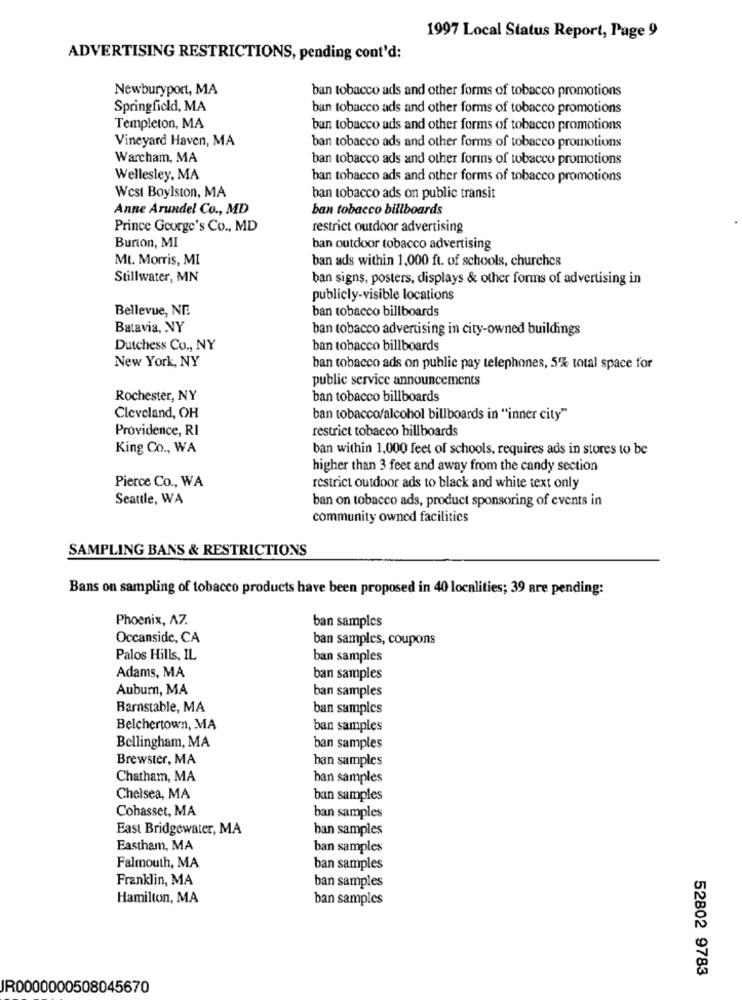
1997 Local Status Report, Page 9
ADVERTISING RESTRICTIONS, pending cont'd:
Newburyport, MA
ban tobacco ads and other forms of tobacco promotions
Springfield, MA
ban tobacco ads and other forms of tobacco promotions
Templeton, MA
ban tobacco ads and other forms of tobacco promotions
Vineyard Haven, MA
ban tobacco ads and other forms of tobacco promotions
Warcham, MA
ban tobacco ads and other forins of tobacco promotions
Wellesley, MA
ban tobacco ads and other forms of tobacco promotions
West Boylston, MA
ban tobacco ads on public transit
Anne Arundel Co ., MD
ban tobacco billboards
Prince George's Co ., MD
restrict outdoor advertising
Burton, MI
ban outdoor tobacco advertising
Mt. Morris, MI
ban ads within 1,000 ft. of schools, churches
Stillwater, MN
ban signs, posters, displays & other forms of advertising in
publicly-visible locations
Bellevue, NE.
ban tobacco billboards
Batavia, NY
ban tobacco advertising in city-owned buildings
Dutchess Co ., NY
ban tobacco billboards
New York, NY
ban tobacco ads on public pay telephones, 5% total space for
public service announcements
Rochester, NY
ban tobacco billboards
Cleveland, OH
ban tobacco/alcohol billboards in "inner city"
Providence, RI
restrict tobacco billboards
King Co ., WA
ban within 1,000 feet of schools, requires ads in stores to be
higher than 3 feet and away from the candy section
Pierce Co ., WA
restrict outdoor ads to black and white text only
Seattle, WA
ban on tobacco ads, product sponsoring of events in
community owned facilities
SAMPLING BANS & RESTRICTIONS
Bans on sampling of tobacco products have been proposed in 40 localities; 39 are pending:
Phoenix, A7.
ban samples
Occanside, CA
ban samples, coupons
Palos Hills, IL
ban samples
Adams, MA
ban samples
Auburn, MA
ban samples
Barnstable, MA
ban samples
Belchertown, MA
ban samples
Bellingham, MA
ban samples
Brewster, MA
ban samples
Chatham, MA
han samples
Chelsea, MA
ban samples
Cohasset, MA
ban samples
East Bridgewater, MA
ban samples
Eastham, MA
ban samples
Falmouth, MA
ban samples
Franklin, MA
ban samples
Hamilton, MA
ban samples
52802 9783
JR0000000508045670